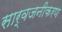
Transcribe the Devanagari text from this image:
सार्वजनीकरण